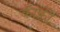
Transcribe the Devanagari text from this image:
कॅाफ़ी